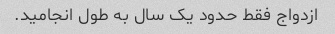
ازدواج فقط حدود یک سال به طول انجامید.